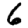
Digit: 6